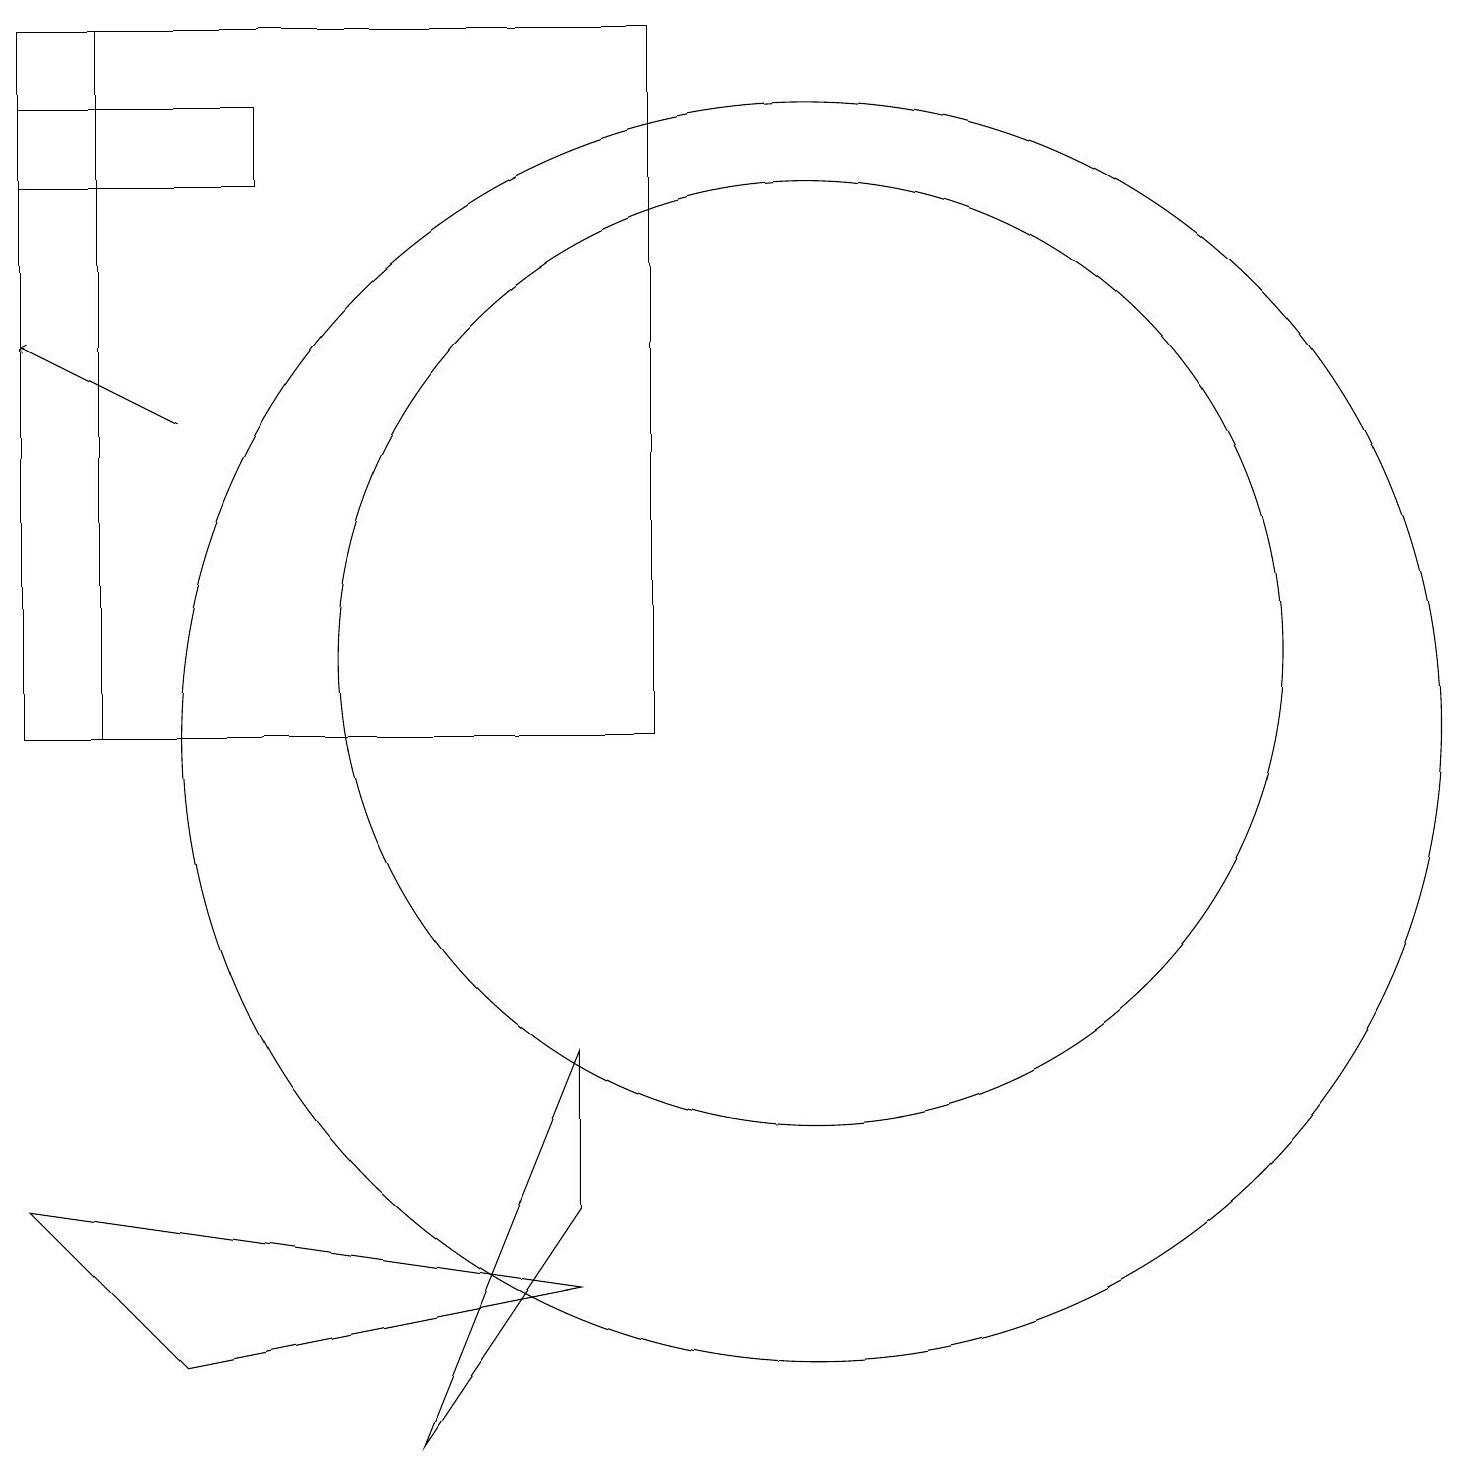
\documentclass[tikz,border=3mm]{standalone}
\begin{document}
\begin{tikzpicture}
\draw (11,10) circle (8);
\draw (3,2) -- (8,3) -- (1,4) -- cycle;
\draw (2,10) rectangle (9,19);
\draw (8,4) -- (6,1) -- (8,6) -- cycle;
\draw (11,11) circle (6);
\draw (1,18) rectangle (4,17);
\draw[->] (3,14) -- (1,15);
\draw (1,10) rectangle (9,19);
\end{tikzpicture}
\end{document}